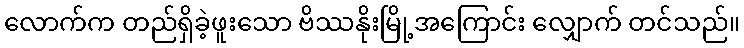
လောက်က တည်ရှိခဲ့ဖူးသော ဗိဿနိုးမြို့အကြောင်း လျှောက် တင်သည်။